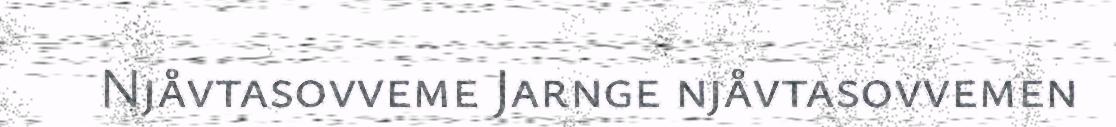
Njåvtasovveme Jarnge njåvtasovvemen